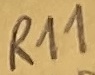
Text: R11